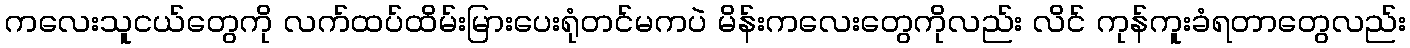
ကလေးသူငယ်တွေကို လက်ထပ်ထိမ်းမြားပေးရုံတင်မကပဲ မိန်းကလေးတွေကိုလည်း လိင် ကုန်ကူးခံရတာတွေလည်း